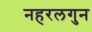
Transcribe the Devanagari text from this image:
नहरलगुन